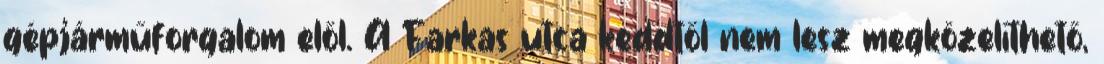
gépjárműforgalom elől. A Farkas utca keddtől nem lesz megközelíthető,